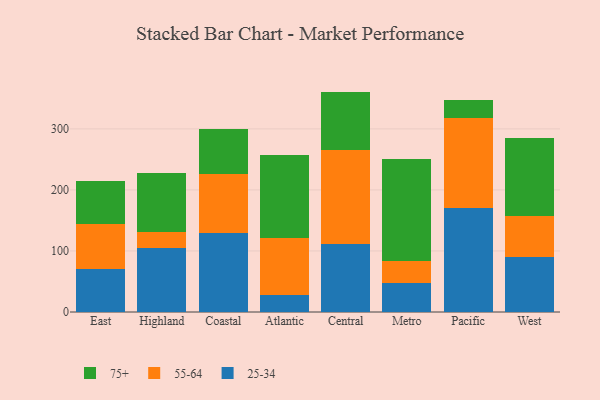
{"axis": {"x": "Region", "y": "Tickets Resolved"}, "legend": ["25-34", "55-64", "75+"], "data": [{"x": "East", "y": 70.8, "type": "25-34"}, {"x": "East", "y": 73.2, "type": "55-64"}, {"x": "East", "y": 70.5, "type": "75+"}, {"x": "Highland", "y": 104.4, "type": "25-34"}, {"x": "Highland", "y": 26.9, "type": "55-64"}, {"x": "Highland", "y": 97.1, "type": "75+"}, {"x": "Coastal", "y": 128.9, "type": "25-34"}, {"x": "Coastal", "y": 97.1, "type": "55-64"}, {"x": "Coastal", "y": 74.6, "type": "75+"}, {"x": "Atlantic", "y": 27.9, "type": "25-34"}, {"x": "Atlantic", "y": 93.4, "type": "55-64"}, {"x": "Atlantic", "y": 136.4, "type": "75+"}, {"x": "Central", "y": 111.0, "type": "25-34"}, {"x": "Central", "y": 155.2, "type": "55-64"}, {"x": "Central", "y": 94.9, "type": "75+"}, {"x": "Metro", "y": 48.0, "type": "25-34"}, {"x": "Metro", "y": 35.9, "type": "55-64"}, {"x": "Metro", "y": 166.7, "type": "75+"}, {"x": "Pacific", "y": 170.5, "type": "25-34"}, {"x": "Pacific", "y": 148.1, "type": "55-64"}, {"x": "Pacific", "y": 29.0, "type": "75+"}, {"x": "West", "y": 90.0, "type": "25-34"}, {"x": "West", "y": 67.4, "type": "55-64"}, {"x": "West", "y": 127.2, "type": "75+"}]}